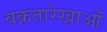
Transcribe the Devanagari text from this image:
वक्रतारेखाओं